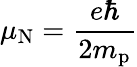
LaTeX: \mu_{\mathrm{N}}={\frac{e\hbar}{2m_{\mathrm{p}}}}